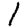
Digit: 1